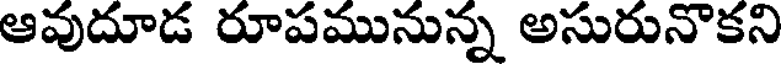
ఆవుదూడ రూపమునున్న అసురునొకని